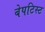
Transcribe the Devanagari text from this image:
बेपटिस्ट